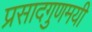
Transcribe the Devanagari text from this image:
प्रसादगुणमयी